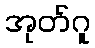
အုတ်ဂူ